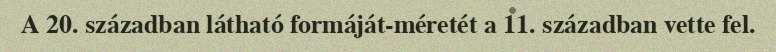
A 20. században látható formáját-méretét a 11. században vette fel.